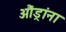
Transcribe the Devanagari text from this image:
औंड्रांना